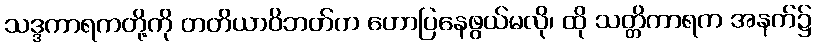
သဒ္ဒကာရကတို့ကို တတိယာဝိဘတ်က ဟောပြနေဖွယ်မလို၊ ထို သတ္တိကာရက အနက်၌